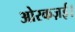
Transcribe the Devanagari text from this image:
ओरकज़ई।